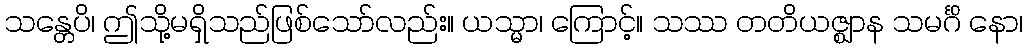
သန္တေပိ၊ ဤသို့မရှိသည်ဖြစ်သော်လည်း။ ယသ္မာ၊ ကြောင့်။ သဿ တတိယဇ္ဈာန သမင်္ဂိ နော၊